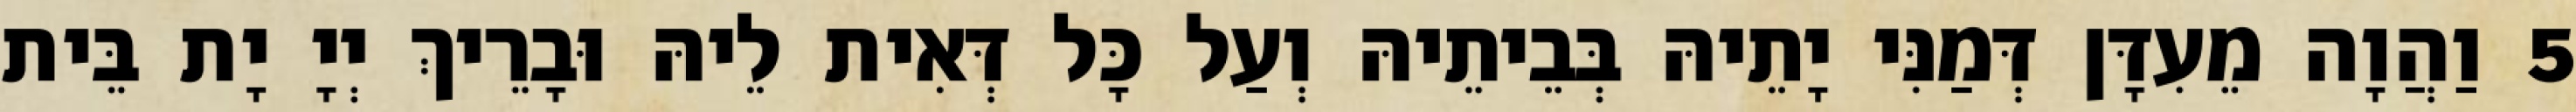
5 וַהֲוָה מֵעִדָּן דְּמַנִּי יָתֵיהּ בְּבֵיתֵיהּ וְעַל כָּל דְּאִית לֵיהּ וּבָרֵיךְ יְיָ יָת בֵּית